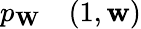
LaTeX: \begin{array}{rl}{p_{\mathbf{W}}}&{{}(1,\mathbf{w})}\end{array}